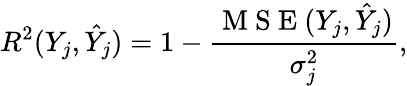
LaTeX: R^{2}(Y_{j},\hat{Y}_{j})=1-\frac{\mathrm{~M~S~E~}(Y_{j},\hat{Y}_{j})}{\sigma_{j}^{2}},